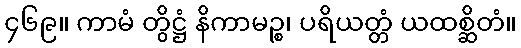
၄၆၉။ ကာမံ တွိဋ္ဌံ နိကာမဉ္စ၊ ပရိယတ္တံ ယထစ္ဆိတံ။